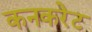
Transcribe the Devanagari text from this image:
कनकरेट